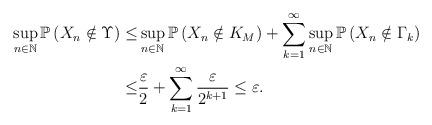
LaTeX: \begin{align*}\sup_{n\in\mathbb{N}}\mathbb{P} \left( X_n \notin \Upsilon \right) \leq & \sup_{n\in\mathbb{N}}\mathbb{P} \left( X_n \notin K_M \right) + \sum_{k=1}^{\infty} \sup_{n\in\mathbb{N}} \mathbb{P} \left( X_n \notin \Gamma_k \right) \\\leq & \frac{\varepsilon}{2} + \sum_{k=1}^{\infty} \frac{\varepsilon}{2^{k+1}} \leq \varepsilon .\end{align*}